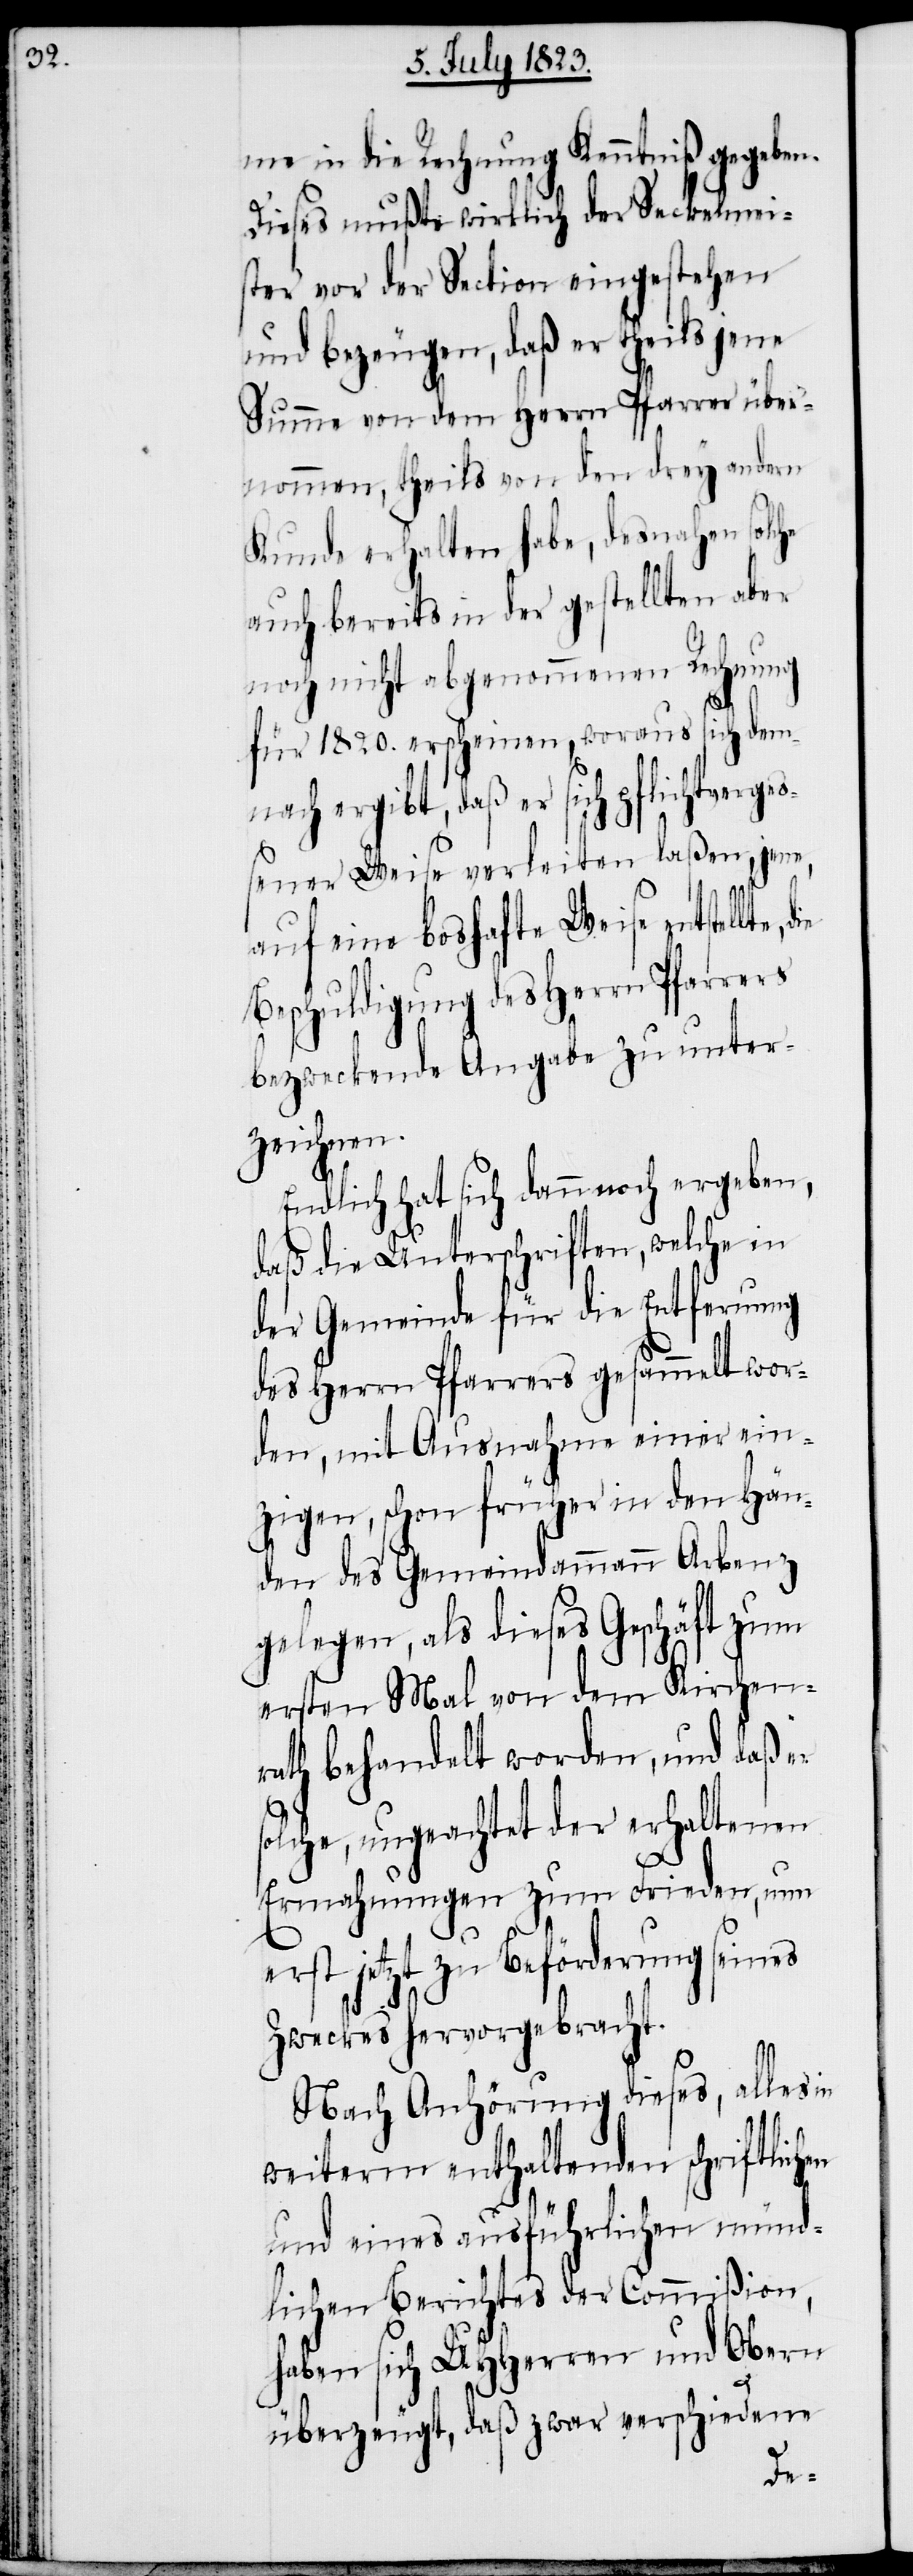
me in die Rechnung Kenntniß gegeben.
Dieses mußte wirklich der Seckelmei¬
ster vor der Section eingestehen
und bezeugen, daß er theils jene
Summe von dem Herrn Pfarrer über¬
nommen, theils von den drey andern
Kunde erhalten habe, desnahen solche
auch bereits in der gestellten aber
noch nicht abgenommenen Rechnung
für 1820. erscheinen, woraus sich dem¬
nach ergibt, daß er sich pflichtverge¬
ßener Weise verleiten laßen, jene,
auf eine boshafte Weise entstel¬
Beschuldigung des Herrn Pfarrers
bezweckende Angabe zu unter¬
zeichnen.
Endlich hat sich dann noch ergeben,
daß die Unterschriften, welche in
der Gemeinde für die Entfernung
des Herrn Pfarrers gesammelt wor¬
den, mit Ausnahme einer ein¬
zigen, schon früher in den Hän¬
den des Gemeindammann Arbenz
gelegen, als dieses Geschäft zum
ersten Mal von dem Kirchen¬
rath behandelt worden, und daß er
solche, ungeachtet der erhaltenen
Ermahnungen zum Frieden, nun
erst jetzt zu Beförderung seines
Zweckes hervorgebracht.
Nach Anhörung dieses, alles in
weiterm enthaltenden schriftlichen
und eines ausführlichen münd¬
lichen Berichtes der Commißion,
haben sich UHHerren und Obern
überzeugt, daß zwar verschiedene
die